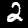
Label: 2